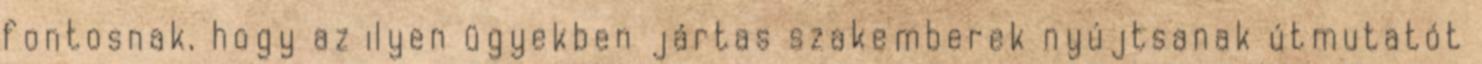
fontosnak, hogy az ilyen ügyekben jártas szakemberek nyújtsanak útmutatót